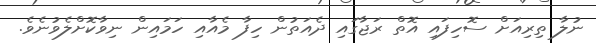
ނުލާ ތިރިއަށް ސޮހިފައި އޮތް ރަޖާގައި ދެއަތުން ހިފާ މެއާއި ހަމައިން ނިވާކޮށްލެވުނެވެ.